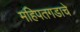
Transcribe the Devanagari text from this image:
महिपतगडाचे